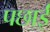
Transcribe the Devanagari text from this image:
पछाईं